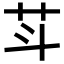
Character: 𰰩